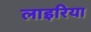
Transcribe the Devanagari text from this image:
लाइरिया